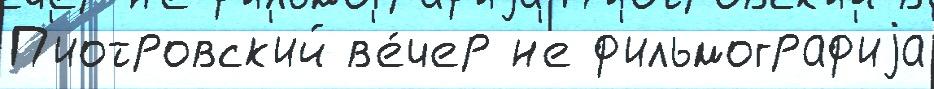
П'иотровск'ий в'е́чер н'е ф'ильмограф'иjа